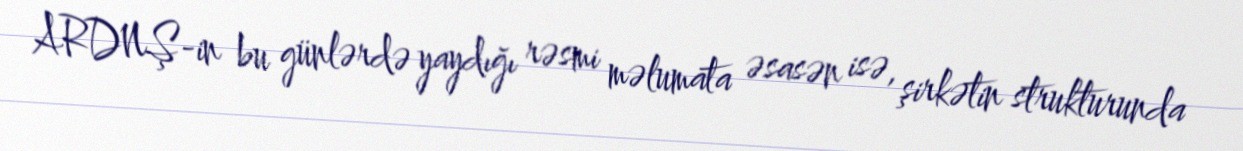
ARDNŞ-in bu günlərdə yaydığı rəsmi məlumata əsasən isə, şirkətin strukturunda